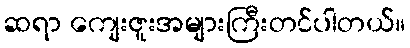
ဆရာ ကျေးဇူးအများကြီးတင်ပါတယ်။